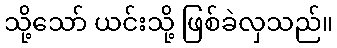
သို့သော် ယင်းသို့ ဖြစ်ခဲလှသည်။